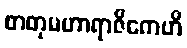
စာတုမဟာရာဇိကေဟိ